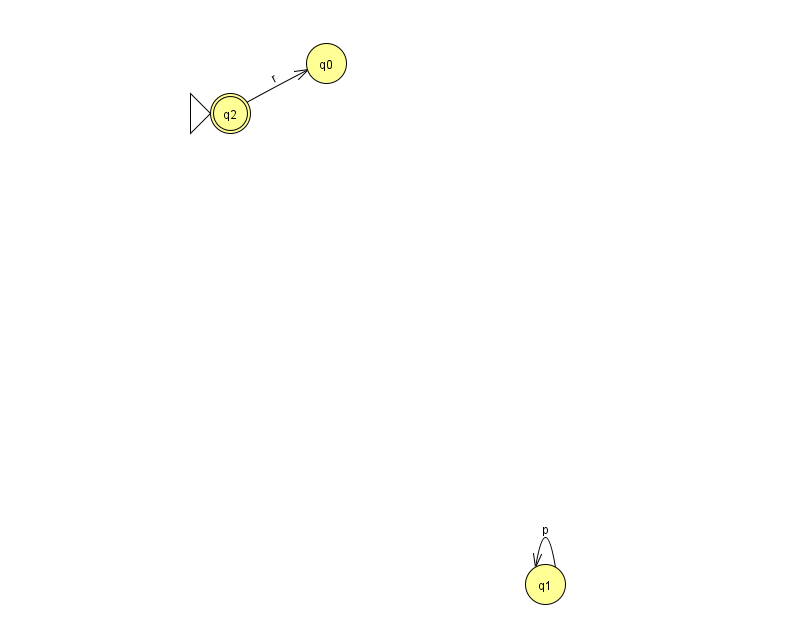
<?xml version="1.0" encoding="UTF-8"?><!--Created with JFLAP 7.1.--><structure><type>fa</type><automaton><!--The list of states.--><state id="0" name="q0"><x>326.0</x><y>50.0</y></state><state id="1" name="q1"><x>545.0</x><y>571.0</y></state><state id="2" name="q2"><x>230.0</x><y>100.0</y><initial/><final/></state><!--The list of transitions.--><transition><from>1</from><to>1</to><read>p</read></transition><transition><from>2</from><to>0</to><read>r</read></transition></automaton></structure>